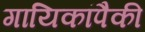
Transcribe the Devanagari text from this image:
गायिकांपैकी